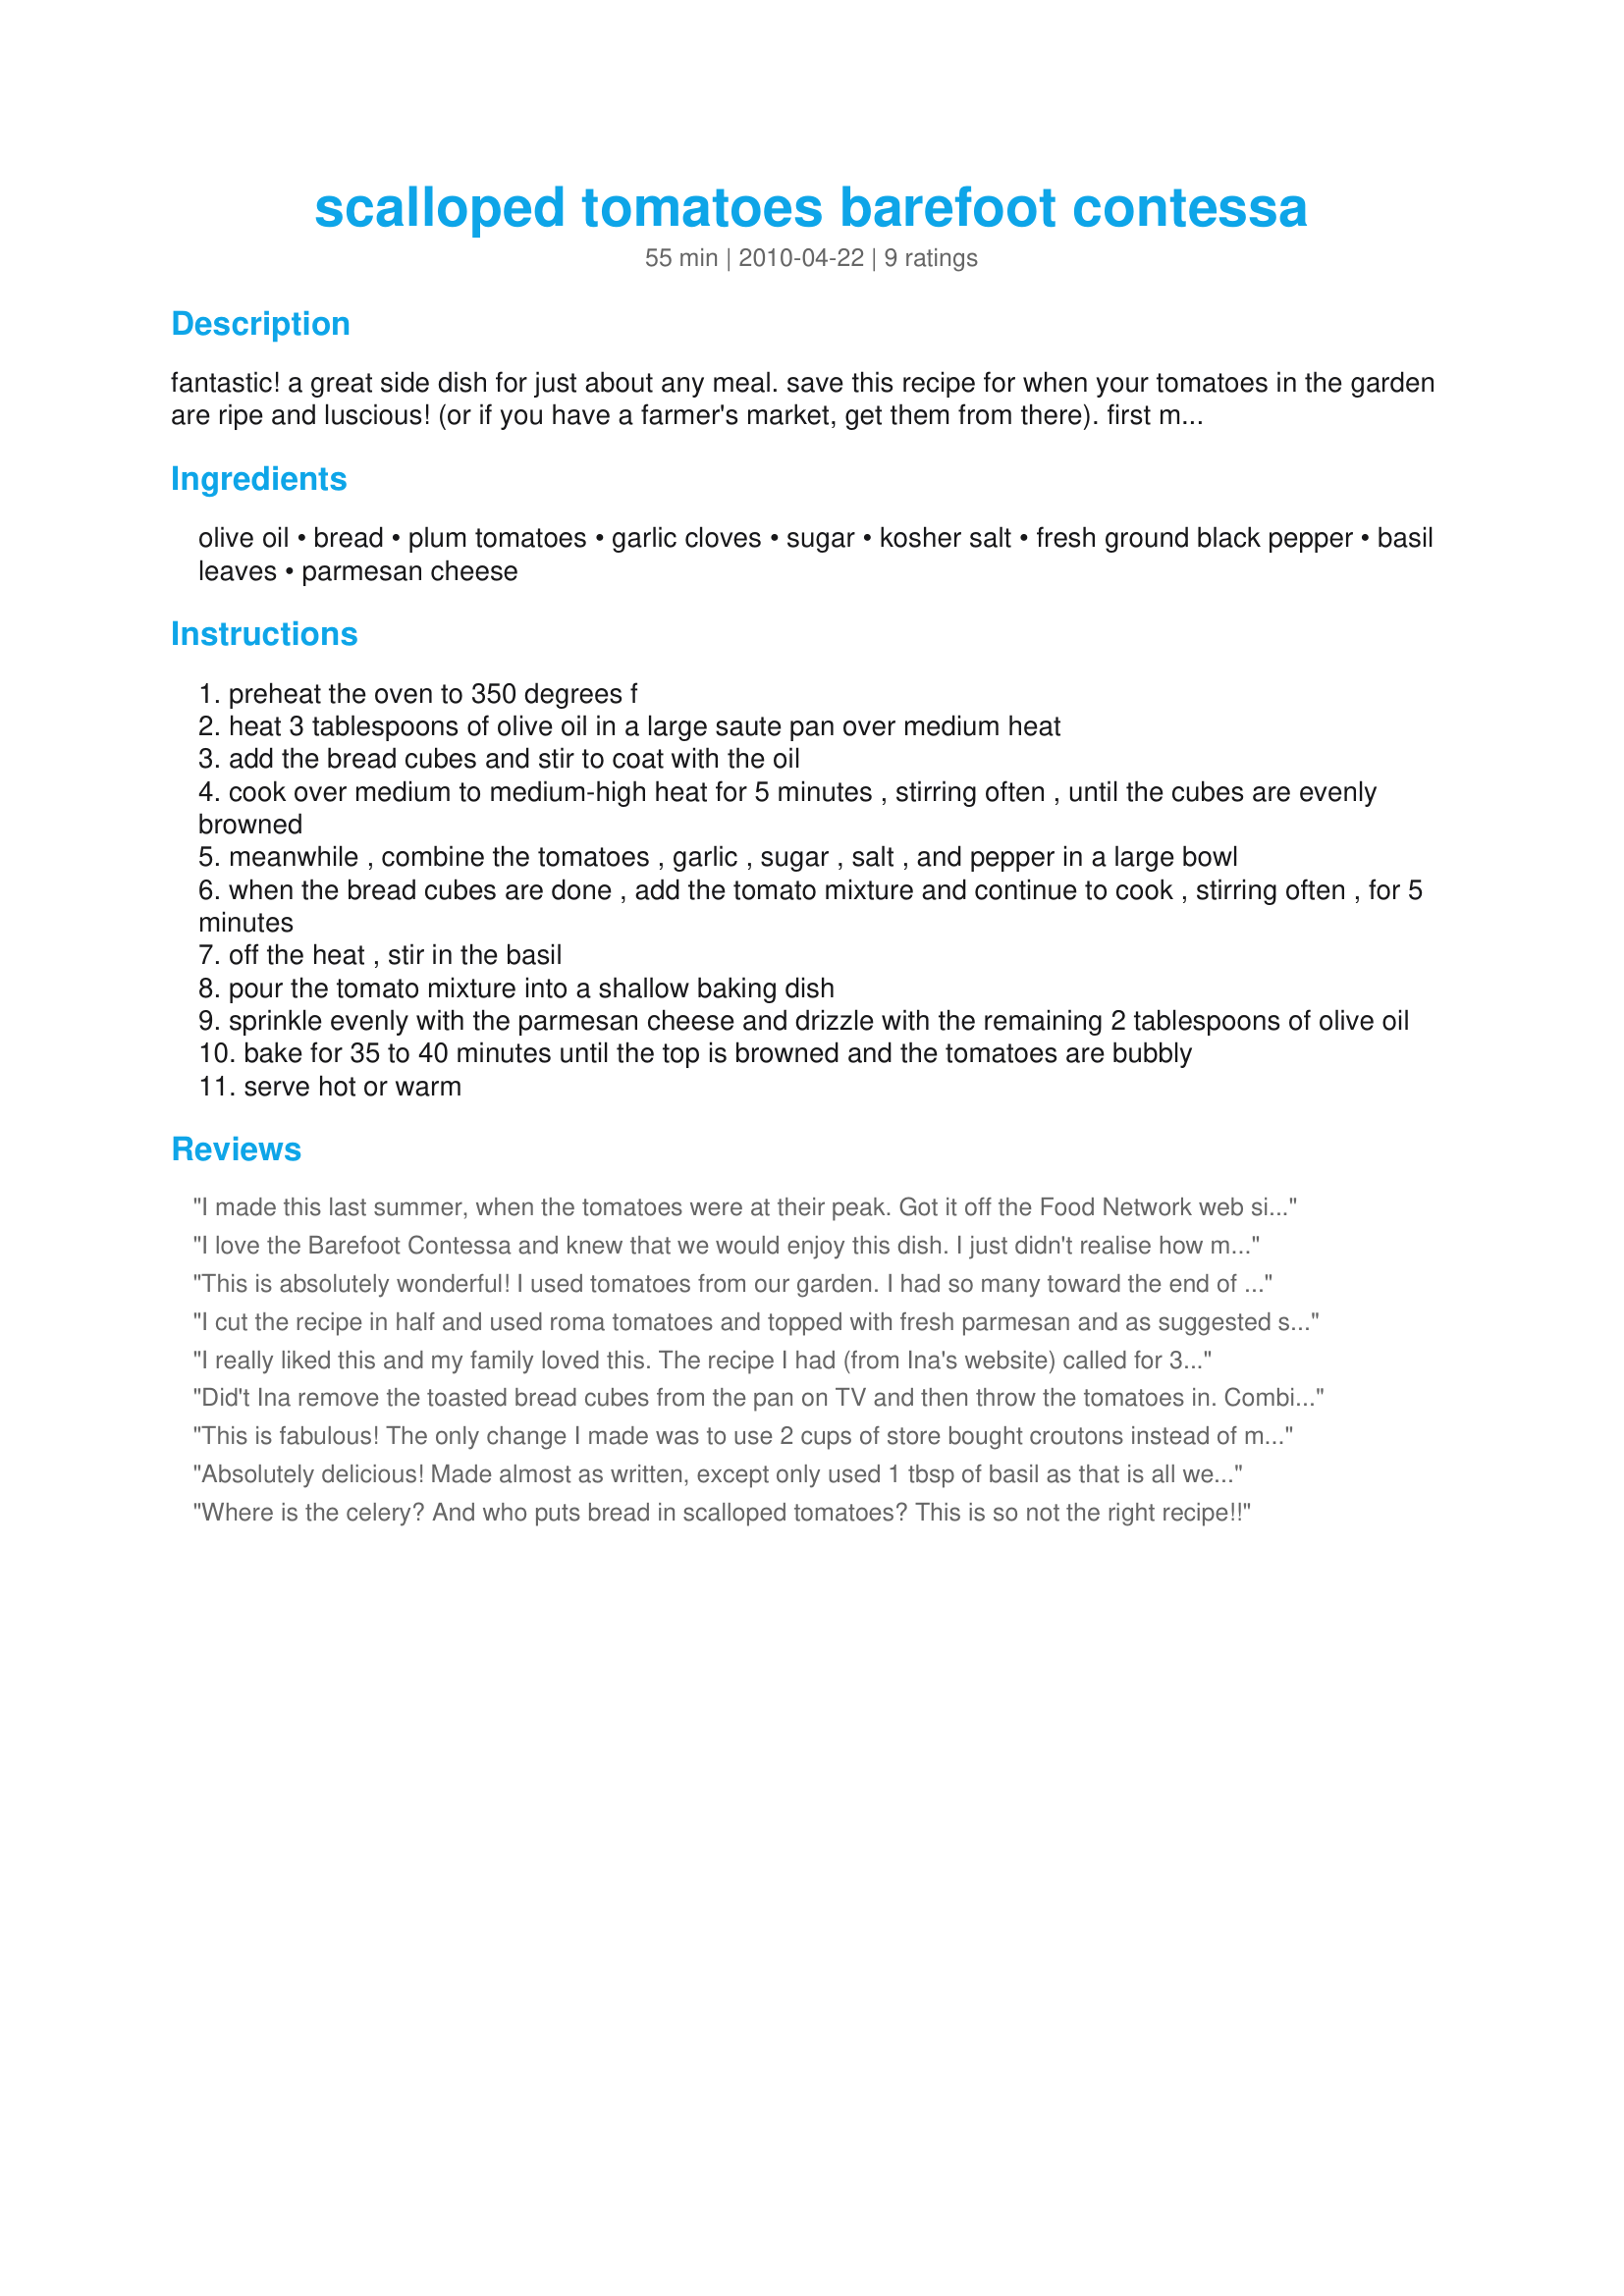
scalloped tomatoes barefoot contessa
Preparation time: 55 minutes

fantastic! a great side dish for just about any meal. save this recipe for when your tomatoes in the garden are ripe and luscious! (or if you have a farmer's market, get them from there). first made this in 2009, and have used large cherry tomatoes instead of plum tomatoes and they were great too...good tomatoes for this are a must! i have also added about 1/2 cup gruyere cheese along with the 1 cup of parmesan on the top for a real cheesy treat! any rustic bread will do, but make sure you cut it in the 1/2 inch dice. also, use fresh parmesan cheese, it really makes a difference. it's very important to get it into the oven as soon as possible, else it may end up a bit soggy. this is adapted from barefoot contessa; episode farm stand food.

Ingredients:
olive oil, bread, plum tomatoes, garlic cloves, sugar, kosher salt, fresh ground black pepper, basil leaves, parmesan cheese

Steps:
preheat the oven to 350 degrees f
heat 3 tablespoons of olive oil in a large saute pan over medium heat
add the bread cubes and stir to coat with the oil
cook over medium to medium-high heat for 5 minutes , stirring often , until the cubes are evenly browned
meanwhile , combine the tomatoes , garlic , sugar , salt , and pepper in a large bowl
when the bread cubes are done , add the tomato mixture and continue to cook , stirring often , for 5 minutes
off the heat , stir in the basil
pour the tomato mixture into a shallow baking dish
sprinkle evenly with the parmesan cheese and drizzle with the remaining 2 tablespoons of olive oil
bake for 35 to 40 minutes until the top is browned and the tomatoes are bubbly
serve hot or warm

Reviews:
I made this last summer, when the tomatoes were at their peak. Got it off the Food Network web site at the time. Love Ina's recipes, and was so glad to see it posted here, so that I could save it in one of my cookbooks. It's yummy and easy to make. Thanks 'Scoutie' for posting.
I love the Barefoot Contessa and knew that we would enjoy this dish. I just didn't realise how much. This is so good that I could of ate all of it by myself. I did halve the recipe for my dh & I, next time, I won't. So much flavor, so easy and very quick to put together. Wonderful, wonderful flavor. Thanks so much for sharing this treat, that has gone into my keeperbox. :)
This is absolutely wonderful! I used tomatoes from our garden. I had so many toward the end of the season that I made the tomato mixture without the bread and froze the mixture in 2 cup portions in baggies and made this by just adding the bread and baking with parm cheese throughout the winter when we needed a yummy side dish! The only tomatoes we grew were the small grape size. Sun Sugar Tomatoes - the sweeter the tomato - the better the dish will be! I used a wonderful Asiago and Pepper bread from Trader Joe's.
I cut the recipe in half and used roma tomatoes and topped with fresh parmesan and as suggested some Gruyere cheese....delicious! Served with recipe#421336#421336 and we had a very tasty meal. Made for New Kids on the Block tag game.
I really liked this and my family loved this. The recipe I had (from Ina's website) called for 3 pounds of tomatoes and that seemed like a little too much. I ended up using between 2 and 2.5 pounds, but thought it was too salty. Next time will use just over 1 tbsp of salt and add more cheese!
Did't Ina remove the toasted bread cubes from the pan on TV and then throw the tomatoes in. Combining both in the pan made the toasted bread cubes soggy. I will separate them next time.
This is fabulous! The only change I made was to use 2 cups of store bought croutons instead of making my own. The tomatoes are so sweet and juicy after baking and the topping is wonderful. I found that it didn't reheat very well, so be sure to enjoy it all right after baking.
Absolutely delicious! Made almost as written, except only used 1 tbsp of basil as that is all we had and only half a cup of parmesan. Made it twice now. It's a great recipe.
Where is the celery? And who puts bread in scalloped tomatoes? This is so not the right recipe!!
